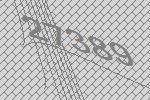
27389